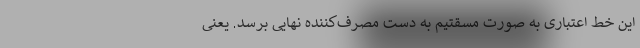
این خط اعتباری به صورت مسقتیم به دست مصرف‌کننده نهایی برسد. یعنی